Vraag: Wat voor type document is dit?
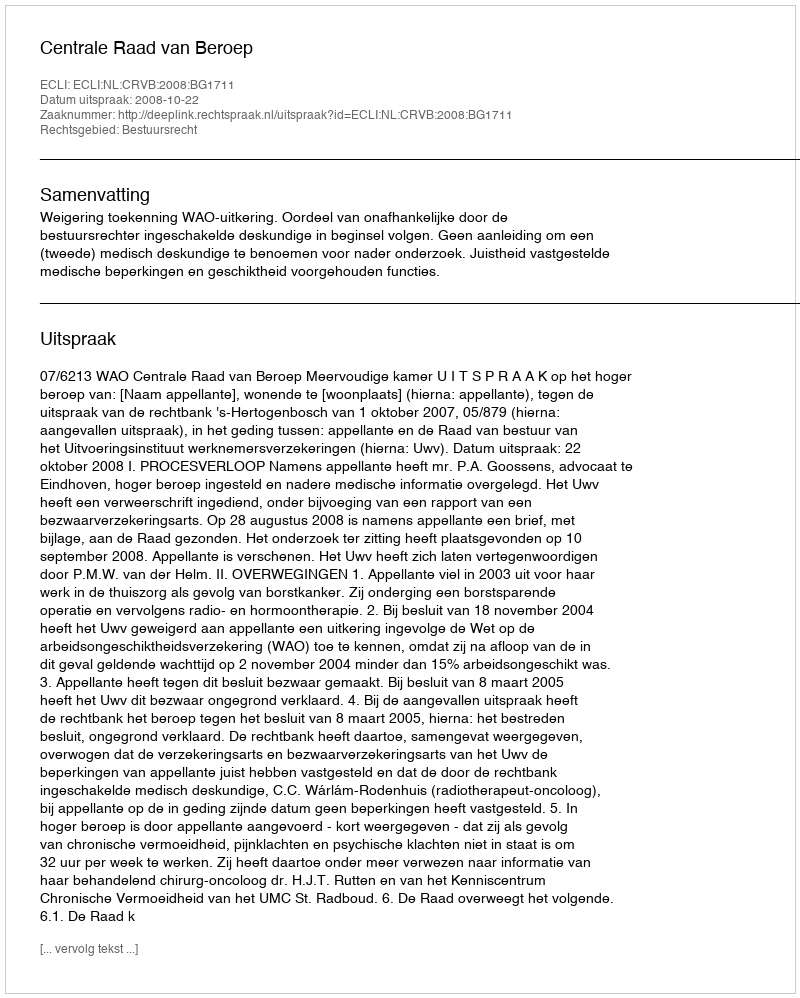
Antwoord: Uitspraak